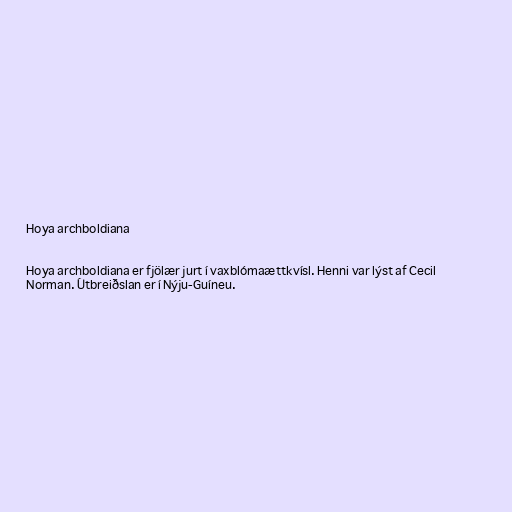
Hoya archboldiana

Hoya archboldiana er fjölær jurt í vaxblómaættkvísl. Henni var lýst af Cecil
Norman. Útbreiðslan er í Nýju-Guíneu.